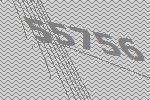
55756